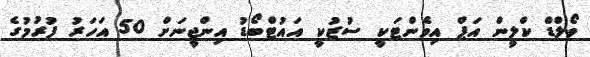
ވޯލްޑް ކްލީން އަޕް އިވެންޓަކީ ސުޒުކީ އައުޓްބޯޑު އިންޖީނަށް 50 އަހަރު ފުރުމުގެ